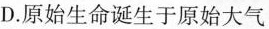
D.原始生命诞生于原始大气